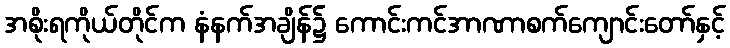
အစိုးရကိုယ်တိုင်က နံနက်အချိန်၌ ကောင်းကင်အာဏာစက်ကျောင်းတော်နှင့်